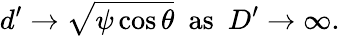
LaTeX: d^{\prime}\rightarrow\sqrt{\psi\cos\theta}\, \, \, \mathrm{as}\, \, \, D^{\prime}\rightarrow\infty.